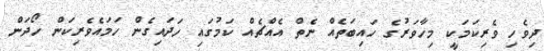
ދިވެހި ވެރިކަމަކީ މިހާވަރުގެ ހައިބަތެއް ނެތް އެއްޗެއް ކަމުގައި ހަދައިގެން ހަމައެވެރިކަން ހޯދަން